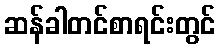
ဆန်ခါတင်စာရင်းတွင်